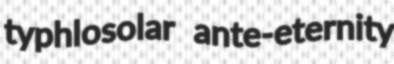
typhlosolar ante-eternity